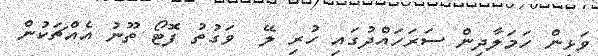
ވަޅިން ހަމަލާދިން ސަރަހައްދުގައި ހުރި ލޭ  ވަގުތު ފޮޓޯ ތޫނު އެއްޗަކުން